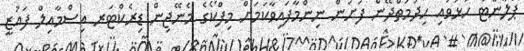
ޕްލާންޓު ހުޅުވައި ހިދުމަތްދޭން ފަށަން ނިންމާފައިވާކަމަށް މިފްކޯގެ މެނޭޖިން ޑިރެކްޓަރ އިސްމާއިލް ފައުޒީ